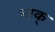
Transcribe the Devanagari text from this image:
भाक्‌